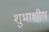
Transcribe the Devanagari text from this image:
शुभाशीष